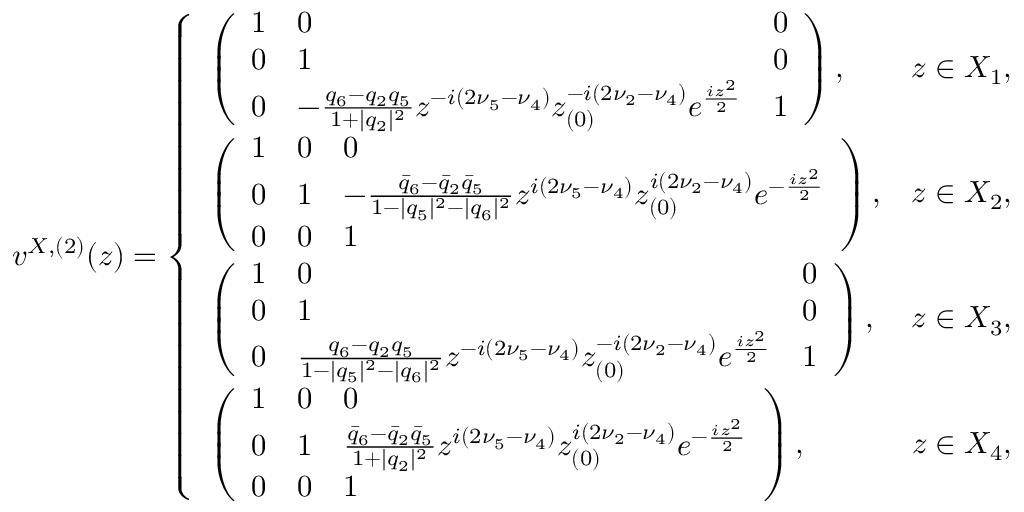
\begin{array} { r } { v ^ { X , ( 2 ) } ( z ) = \left\{ \begin{array} { l l } { \left( \begin{array} { l l l } { 1 } & { 0 } & { 0 } \\ { 0 } & { 1 } & { 0 } \\ { 0 } & { - \frac { q _ { 6 } - q _ { 2 } q _ { 5 } } { 1 + | q _ { 2 } | ^ { 2 } } z ^ { - i ( 2 \nu _ { 5 } - \nu _ { 4 } ) } z _ { ( 0 ) } ^ { - i ( 2 \nu _ { 2 } - \nu _ { 4 } ) } e ^ { \frac { i z ^ { 2 } } { 2 } } } & { 1 } \end{array} \right) , } & { z \in X _ { 1 } , } \\ { \left( \begin{array} { l l l } { 1 } & { 0 } & { 0 } \\ { 0 } & { 1 } & { - \frac { \bar { q } _ { 6 } - \bar { q } _ { 2 } \bar { q } _ { 5 } } { 1 - | q _ { 5 } | ^ { 2 } - | q _ { 6 } | ^ { 2 } } z ^ { i ( 2 \nu _ { 5 } - \nu _ { 4 } ) } z _ { ( 0 ) } ^ { i ( 2 \nu _ { 2 } - \nu _ { 4 } ) } e ^ { - \frac { i z ^ { 2 } } { 2 } } } \\ { 0 } & { 0 } & { 1 } \end{array} \right) , } & { z \in X _ { 2 } , } \\ { \left( \begin{array} { l l l } { 1 } & { 0 } & { 0 } \\ { 0 } & { 1 } & { 0 } \\ { 0 } & { \frac { q _ { 6 } - q _ { 2 } q _ { 5 } } { 1 - | q _ { 5 } | ^ { 2 } - | q _ { 6 } | ^ { 2 } } z ^ { - i ( 2 \nu _ { 5 } - \nu _ { 4 } ) } z _ { ( 0 ) } ^ { - i ( 2 \nu _ { 2 } - \nu _ { 4 } ) } e ^ { \frac { i z ^ { 2 } } { 2 } } } & { 1 } \end{array} \right) , } & { z \in X _ { 3 } , } \\ { \left( \begin{array} { l l l } { 1 } & { 0 } & { 0 } \\ { 0 } & { 1 } & { \frac { \bar { q } _ { 6 } - \bar { q } _ { 2 } \bar { q } _ { 5 } } { 1 + | q _ { 2 } | ^ { 2 } } z ^ { i ( 2 \nu _ { 5 } - \nu _ { 4 } ) } z _ { ( 0 ) } ^ { i ( 2 \nu _ { 2 } - \nu _ { 4 } ) } e ^ { - \frac { i z ^ { 2 } } { 2 } } } \\ { 0 } & { 0 } & { 1 } \end{array} \right) , } & { z \in X _ { 4 } , } \end{array} \right. } \end{array}